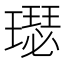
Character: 璱